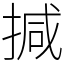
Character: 㨔